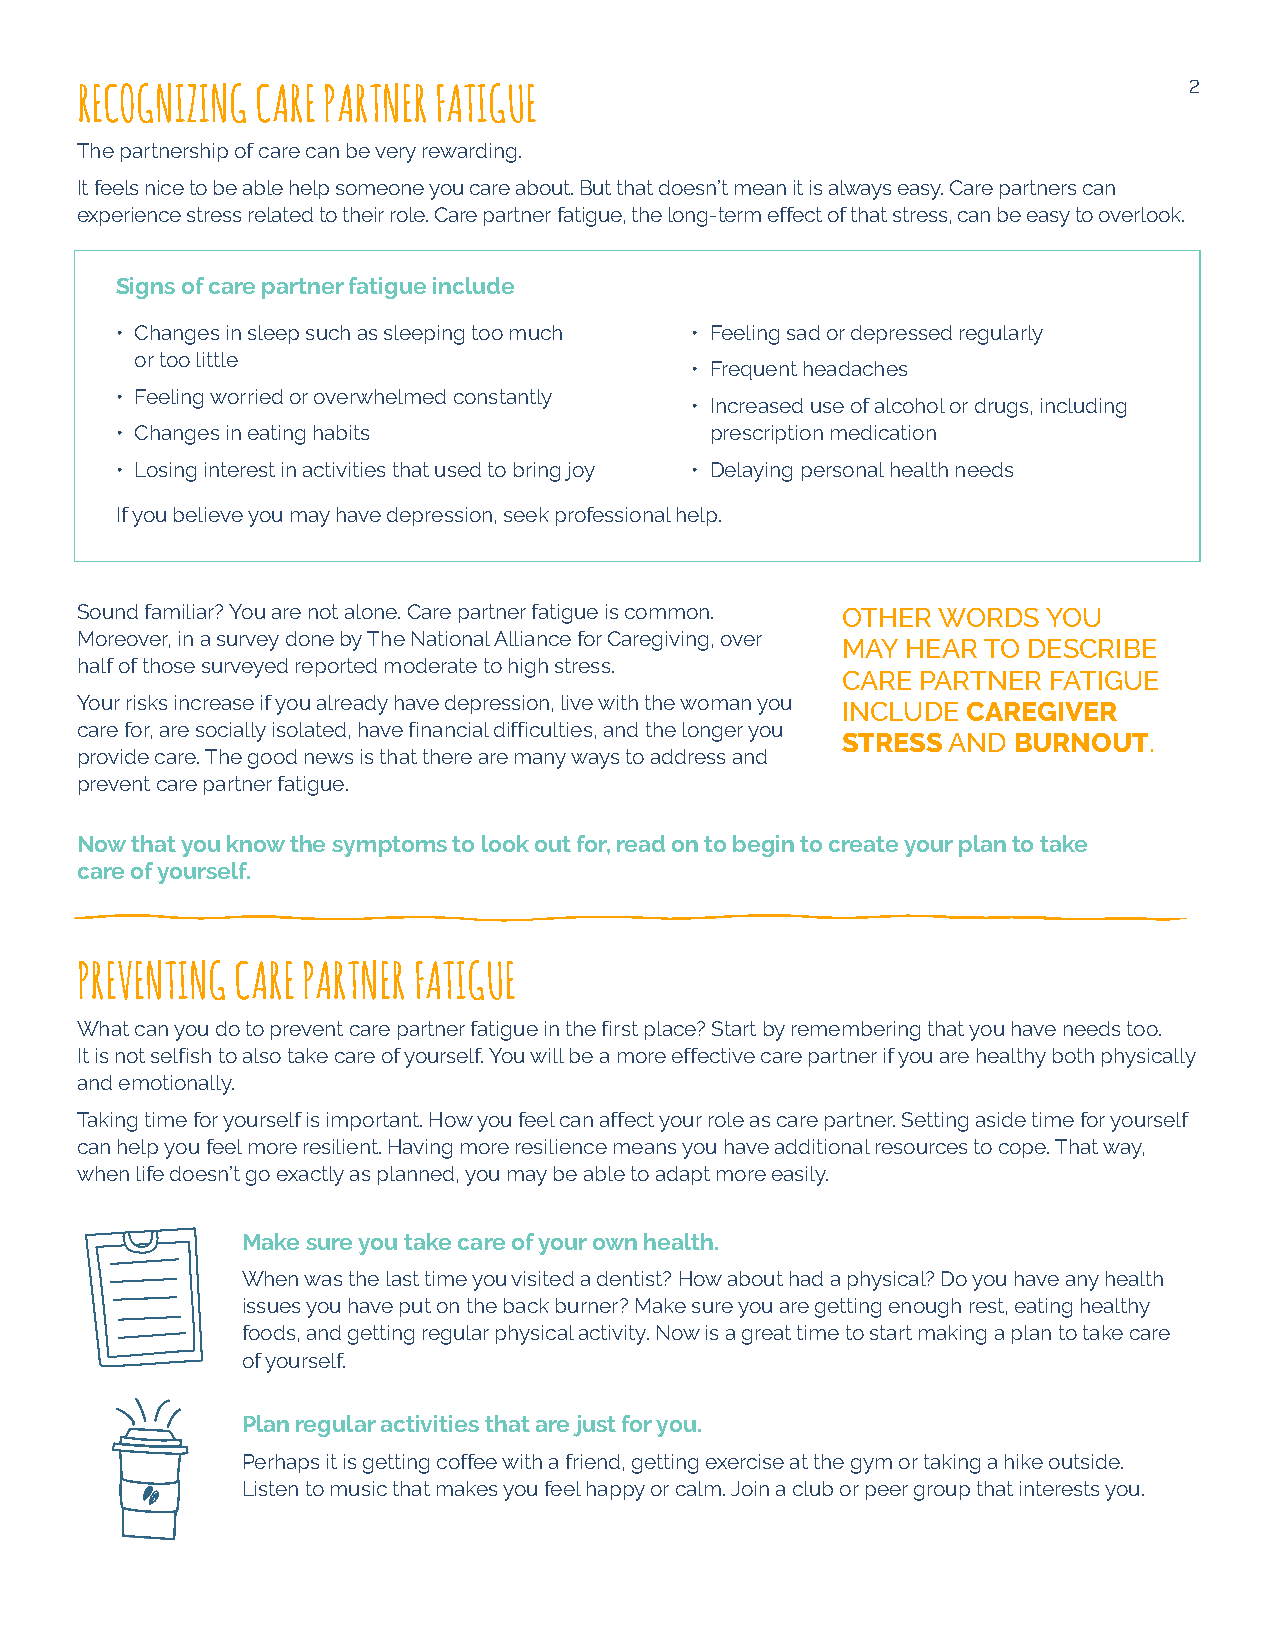
2
 RECOGNIZING CARE PARTNER FATIGUE
 The partnership of care can be very rewarding.
 It feels nice to be able help someone you care about. But that doesn’t mean it is always easy. Care partners can
 experience stress related to their role. Care partner fatigue, the long-term effect of that stress, can be easy to overlook.
 Signs of care partner fatigue include
 • Changes in sleep such as sleeping too much • Feeling sad or depressed regularly
 or too little
 • Frequent headaches
 • Feeling worried or overwhelmed constantly
 • Increased use of alcohol or drugs, including
 • Changes in eating habits             prescription medication
 • Losing interest in activities that used to bring joy • Delaying personal health needs
 If you believe you may have depression, seek professional help.
 Sound familiar? You are not alone. Care partner fatigue is common. OTHER WORDS YOU
 Moreover, in a survey done by The National Alliance for Caregiving, over
 MAY HEAR TO DESCRIBE
 half of those surveyed reported moderate to high stress.
 CARE PARTNER FATIGUE
 Your risks increase if you already have depression, live with the woman you
 INCLUDE CAREGIVER
 care for, are socially isolated, have financial difficulties, and the longer you
 STRESS AND BURNOUT.
 provide care. The good news is that there are many ways to address and
 prevent care partner fatigue.
 Now that you know the symptoms to look out for, read on to begin to create your plan to take
 care of yourself.
 PREVENTING CARE PARTNER FATIGUE
 What can you do to prevent care partner fatigue in the first place? Start by remembering that you have needs too.
 It is not selfish to also take care of yourself. You will be a more effective care partner if you are healthy both physically
 and emotionally.
 Taking time for yourself is important. How you feel can affect your role as care partner. Setting aside time for yourself
 can help you feel more resilient. Having more resilience means you have additional resources to cope. That way,
 when life doesn’t go exactly as planned, you may be able to adapt more easily.
 Make sure you take care of your own health.
 When was the last time you visited a dentist? How about had a physical? Do you have any health
 issues you have put on the back burner? Make sure you are getting enough rest, eating healthy
 foods, and getting regular physical activity. Now is a great time to start making a plan to take care
 of yourself.
 Plan regular activities that are just for you.
 Perhaps it is getting coffee with a friend, getting exercise at the gym or taking a hike outside.
 Listen to music that makes you feel happy or calm. Join a club or peer group that interests you.